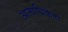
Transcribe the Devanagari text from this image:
अत्यधिकता